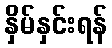
နှိမ်နှင်းရန်